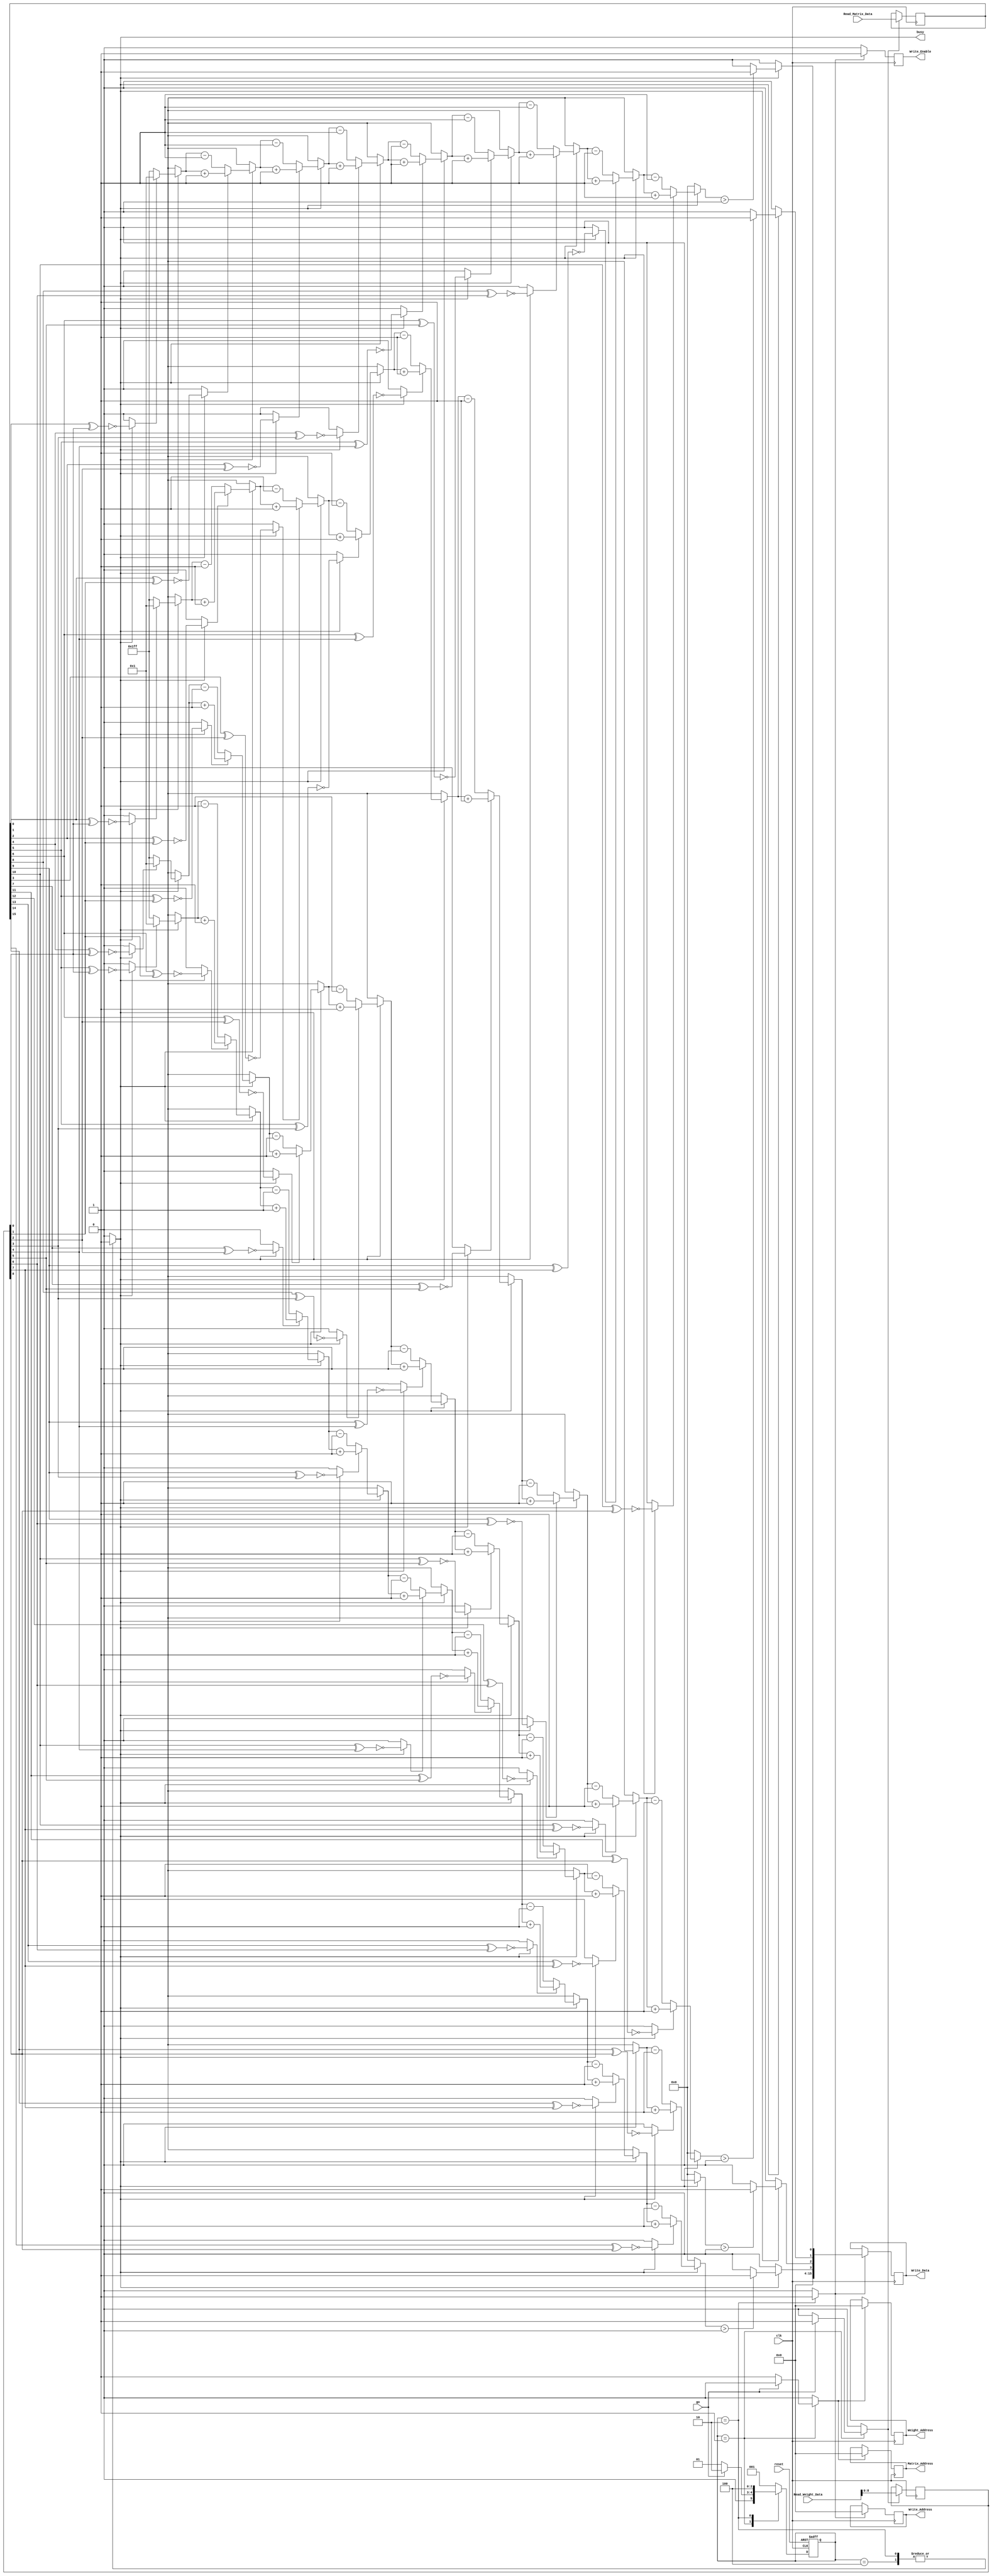
module CNN_DUT
(
//////////////////////////////////////////////////////////////////////////////////
//Clock and Reset Schema
//////////////////////////////////////////////////////////////////////////////////
input             clk             ,
input             reset           ,

//////////////////////////////////////////////////////////////////////////////////
//Control Signals
//////////////////////////////////////////////////////////////////////////////////
input             go              ,
output reg        busy            ,

//////////////////////////////////////////////////////////////////////////////////
//Input Matrix and Weight Adressing
//////////////////////////////////////////////////////////////////////////////////
output reg [11:0] Matrix_Address  ,
output reg [11:0] Weight_Address  ,

//////////////////////////////////////////////////////////////////////////////////
//Input and Weight Matrix Data
//////////////////////////////////////////////////////////////////////////////////
input      [15:0] Read_Matrix_Data,
input      [15:0] Read_Weight_Data,

//////////////////////////////////////////////////////////////////////////////////
//Write Output Signals
//////////////////////////////////////////////////////////////////////////////////
output reg        Write_Enable    ,
output reg [11:0] Write_Address   ,
output reg [15:0] Write_Data
);

//////////////////////////////////////////////////////////////////////////////////
//Read Data and Address Enables
//////////////////////////////////////////////////////////////////////////////////
reg               Read_Address_Enable;
reg               Read_Data_Enable;

//////////////////////////////////////////////////////////////////////////////////
//FSM State Signals
//////////////////////////////////////////////////////////////////////////////////
reg [2:0]         FSM_Current_State;
reg [2:0]         FSM_Next_State;

//////////////////////////////////////////////////////////////////////////////////
//Input Matrix & Weight Data Registers
//////////////////////////////////////////////////////////////////////////////////
reg [15:0]        Input_Data;
reg [8:0]         Weight_Data;

//////////////////////////////////////////////////////////////////////////////////
//Enable for Outputs to be Written
//////////////////////////////////////////////////////////////////////////////////
reg               Output_Enable;

//////////////////////////////////////////////////////////////////////////////////
//Enable to Start Convolution
//////////////////////////////////////////////////////////////////////////////////
reg               Conv_Enable;

//////////////////////////////////////////////////////////////////////////////////
//XNOR Calculation Registers
//////////////////////////////////////////////////////////////////////////////////
reg [8:0]         filter1;
reg [8:0]         filter2;
reg [8:0]         filter3;
reg [8:0]         filter4;

//////////////////////////////////////////////////////////////////////////////////
//Sign of Convolution Filters
//////////////////////////////////////////////////////////////////////////////////
reg signed [8:0]  result1;
reg signed [8:0]  result2;
reg signed [8:0]  result3;
reg signed [8:0]  result4;

//////////////////////////////////////////////////////////////////////////////////
//Result to be Written as 1 or 0
//////////////////////////////////////////////////////////////////////////////////
reg               Conv_Result1;
reg               Conv_Result2;
reg               Conv_Result3;
reg               Conv_Result4;

//////////////////////////////////////////////////////////////////////////////////
//FSM States- One Hot Encoding Schema
//////////////////////////////////////////////////////////////////////////////////
parameter [2:0]   FSM_S0    = 3'b001;
parameter [2:0]   FSM_S1    = 3'b010;
parameter [2:0]   FSM_S2    = 3'b100;

//////////////////////////////////////////////////////////////////////////////////
//Convolution Output to be Concatenated and Padded
//////////////////////////////////////////////////////////////////////////////////
wire [15:0]       Output_Conv;

//////////////////////////////////////////////////////////////////////////////////
//Integer Used for Bit Iterations
//////////////////////////////////////////////////////////////////////////////////
integer           i;

//////////////////////////////////////////////////////////////////////////////////
//FSM State Transition Block
//////////////////////////////////////////////////////////////////////////////////
always@(posedge clk or negedge reset)
    begin
        if(!reset) begin      //If Active Low Reset Transition to State Zero
            FSM_Current_State <= FSM_S0;
        end
        else begin            //Otherwise Transition to Next State on Rising Edge
            FSM_Current_State <= FSM_Next_State; 
        end
    end

//////////////////////////////////////////////////////////////////////////////////
// FSM to Dictate Control Signals
//////////////////////////////////////////////////////////////////////////////////
always@(*) begin

//////////////////////////////////////////////////////////////////////////////////
// Always Output Address in State Zero then Read in Data and Set Busy High 
// when Go Asserted
//////////////////////////////////////////////////////////////////////////////////
  casex (FSM_Current_State)
    FSM_S0: begin
      Read_Address_Enable       = 1'b1;
      Read_Data_Enable          = 1'b0;
      busy                      = 1'b0;
      Conv_Enable               = 1'b0;
      Output_Enable             = 1'b0;
      FSM_Next_State            = FSM_S0;
        if(go) begin            //Read In Data
          Read_Address_Enable   = 1'b0;
          Read_Data_Enable      = 1'b1;
          FSM_Next_State        = FSM_S1;
        end
    end

//////////////////////////////////////////////////////////////////////////////////
// Start Convolution and Set Output Enable to Write Next Cycle
//////////////////////////////////////////////////////////////////////////////////
    FSM_S1: begin
      Read_Address_Enable       = 1'b0;
      Read_Data_Enable          = 1'b0;
      busy                      = 1'b1;
      Conv_Enable               = 1'b1;
      Output_Enable             = 1'b1;
      FSM_Next_State            = FSM_S2;
    end

//////////////////////////////////////////////////////////////////////////////////
// Wait Until Write Done then Set Busy Low When in State Zero
//////////////////////////////////////////////////////////////////////////////////
    FSM_S2:begin 
      Read_Address_Enable       = 1'b0;
      Read_Data_Enable          = 1'b0;
      busy                      = 1'b1;
      Conv_Enable               = 1'b1;
      Output_Enable             = 1'b0;
      FSM_Next_State            = FSM_S0;
    end
  
//////////////////////////////////////////////////////////////////////////////////
//Default to Prevent Latch
//////////////////////////////////////////////////////////////////////////////////
    default : begin
      Read_Address_Enable       = 1'b0;
      Read_Data_Enable          = 1'b0;
      busy                      = 1'b0;
      Conv_Enable               = 1'b0;
      Output_Enable             = 1'b0;
      FSM_Next_State            = FSM_S0;
    end
  endcase
end

//////////////////////////////////////////////////////////////////////////////////
//Weight and Matrix Read Addressing Registers
//////////////////////////////////////////////////////////////////////////////////
always@(posedge clk) begin
  if (Read_Address_Enable == 1'b1) begin
    Matrix_Address <= 12'b0;
    Weight_Address <= 12'b0;
  end
  else if (Read_Address_Enable == 1'b0) begin
    Matrix_Address <= Matrix_Address;
    Weight_Address <= Weight_Address;
  end
end

//////////////////////////////////////////////////////////////////////////////////
//Matrix & Weight Input Registers
//////////////////////////////////////////////////////////////////////////////////
always@(posedge clk) begin
  if (Read_Data_Enable == 1'b1) begin
      Input_Data  <= Read_Matrix_Data;
      Weight_Data <= Read_Weight_Data[8:0];
    end
  else if(Read_Data_Enable == 1'b0) begin
      Input_Data  <= Input_Data;
      Weight_Data <= Weight_Data;
  end
end

//////////////////////////////////////////////////////////////////////////////////
//XNOR'ing For Each Respective Filter
//////////////////////////////////////////////////////////////////////////////////
always@(*) begin
  filter1 = 9'b0;
  filter2 = 9'b0;
  filter3 = 9'b0;
  filter4 = 9'b0;
  if (Conv_Enable) begin

    //////////////////////////////////////////////////////////////////////////////////
    //Filter 1 XNOR'ing
    //////////////////////////////////////////////////////////////////////////////////
    filter1[0] = ~(Input_Data[0]  ^ Weight_Data[0]);
    filter1[1] = ~(Input_Data[1]  ^ Weight_Data[1]);
    filter1[2] = ~(Input_Data[2]  ^ Weight_Data[2]);
    filter1[3] = ~(Input_Data[4]  ^ Weight_Data[3]);
    filter1[4] = ~(Input_Data[5]  ^ Weight_Data[4]);
    filter1[5] = ~(Input_Data[6]  ^ Weight_Data[5]);
    filter1[6] = ~(Input_Data[8]  ^ Weight_Data[6]);
    filter1[7] = ~(Input_Data[9]  ^ Weight_Data[7]);
    filter1[8] = ~(Input_Data[10] ^ Weight_Data[8]);
    
    //////////////////////////////////////////////////////////////////////////////////
    //Filter 2 XNOR'ing
    //////////////////////////////////////////////////////////////////////////////////
    filter2[0] = ~(Input_Data[1]  ^ Weight_Data[0]);
    filter2[1] = ~(Input_Data[2]  ^ Weight_Data[1]);
    filter2[2] = ~(Input_Data[3]  ^ Weight_Data[2]);
    filter2[3] = ~(Input_Data[5]  ^ Weight_Data[3]);
    filter2[4] = ~(Input_Data[6]  ^ Weight_Data[4]);
    filter2[5] = ~(Input_Data[7]  ^ Weight_Data[5]);
    filter2[6] = ~(Input_Data[9]  ^ Weight_Data[6]);
    filter2[7] = ~(Input_Data[10] ^ Weight_Data[7]);
    filter2[8] = ~(Input_Data[11] ^ Weight_Data[8]);
        
    //////////////////////////////////////////////////////////////////////////////////
    //Filter 3 XNOR'ing
    //////////////////////////////////////////////////////////////////////////////////
    filter3[0] = ~(Input_Data[4]  ^ Weight_Data[0]);
    filter3[1] = ~(Input_Data[5]  ^ Weight_Data[1]);
    filter3[2] = ~(Input_Data[6]  ^ Weight_Data[2]);
    filter3[3] = ~(Input_Data[8]  ^ Weight_Data[3]);
    filter3[4] = ~(Input_Data[9]  ^ Weight_Data[4]);
    filter3[5] = ~(Input_Data[10] ^ Weight_Data[5]);
    filter3[6] = ~(Input_Data[12] ^ Weight_Data[6]);
    filter3[7] = ~(Input_Data[13] ^ Weight_Data[7]);
    filter3[8] = ~(Input_Data[14] ^ Weight_Data[8]);
    
    //////////////////////////////////////////////////////////////////////////////////
    //Filter 4 XNOR'ing
    //////////////////////////////////////////////////////////////////////////////////
    filter4[0] = ~(Input_Data[5]  ^ Weight_Data[0]);
    filter4[1] = ~(Input_Data[6]  ^ Weight_Data[1]);
    filter4[2] = ~(Input_Data[7]  ^ Weight_Data[2]);
    filter4[3] = ~(Input_Data[9]  ^ Weight_Data[3]);
    filter4[4] = ~(Input_Data[10] ^ Weight_Data[4]);
    filter4[5] = ~(Input_Data[11] ^ Weight_Data[5]);
    filter4[6] = ~(Input_Data[13] ^ Weight_Data[6]);
    filter4[7] = ~(Input_Data[14] ^ Weight_Data[7]);
    filter4[8] = ~(Input_Data[15] ^ Weight_Data[8]);
  end
end

//////////////////////////////////////////////////////////////////////////////////
//Calculate Filter Convolution Result Value 
//////////////////////////////////////////////////////////////////////////////////
always@(*) begin
result1 = 9'b0;
if (Conv_Enable) begin
  for(i=0; i <= 8; i=i+1) 
    begin
    if (filter1[i] == 0)
      result1 = result1 - 1'b1;
    else if (filter1[i] == 1)
      result1 = result1 + 1'b1;
    end
  end
end

//////////////////////////////////////////////////////////////////////////////////
//Calculate Filter Convolution Result Value 
//////////////////////////////////////////////////////////////////////////////////
always@(*) begin
  result2 = 9'b0;
  if (Conv_Enable) begin
    for(i=0; i <= 8; i=i+1) begin
      if (filter2[i] == 0)
        result2 = result2 - 1'b1;
      else if (filter2[i] == 1)
        result2 = result2 + 1'b1;
      end
    end
end

//////////////////////////////////////////////////////////////////////////////////
//Calculate Filter Convolution Result Value 
//////////////////////////////////////////////////////////////////////////////////
always@(*) begin
  result3 = 9'b0;
  if (Conv_Enable) begin
    for(i=0; i <= 8; i=i+1) begin
      if (filter3[i] == 0)
        result3 = result3 - 1'b1;
      else if (filter3[i] == 1)
        result3 = result3 + 1'b1;
      end
    end
end

//////////////////////////////////////////////////////////////////////////////////
//Calculate Filter Convolution Result Value 
//////////////////////////////////////////////////////////////////////////////////
always@(*) begin
  result4 = 9'b0;
  if (Conv_Enable) begin
    for(i=0; i <= 8; i=i+1) 
      begin
      if (filter4[i] == 0)
        result4 = result4 - 1'b1;
      else if (filter4[i] == 1)
        result4 = result4 + 1'b1;
      end
    end
end

//////////////////////////////////////////////////////////////////////////////////
//Write a One or Zero if Positive or Negative Result 
//////////////////////////////////////////////////////////////////////////////////
always@(*) begin
  Conv_Result1 = 1'b0;
  if (Conv_Enable) begin
    if (result1 > 0) 
      Conv_Result1 = 1'b1;
    else if(result1 < 0)
      Conv_Result1 = 1'b0;
  end
end

//////////////////////////////////////////////////////////////////////////////////
//Write a One or Zero if Positive or Negative Result 
//////////////////////////////////////////////////////////////////////////////////
always@(*) begin
  Conv_Result2 = 1'b0;
  if (Conv_Enable) begin
    if (result2 > 0) 
      Conv_Result2 = 1'b1;
    else if(result2 < 0)
      Conv_Result2 = 1'b0;
  end
end

//////////////////////////////////////////////////////////////////////////////////
//Write a One or Zero if Positive or Negative Result 
//////////////////////////////////////////////////////////////////////////////////
always@(*) begin
  Conv_Result3 = 1'b0;
  if (Conv_Enable) begin
    if (result3 > 0) 
      Conv_Result3 = 1'b1;
    else if(result3 < 0)
      Conv_Result3 = 1'b0;
  end
end

//////////////////////////////////////////////////////////////////////////////////
//Write a One or Zero if Positive or Negative Result 
//////////////////////////////////////////////////////////////////////////////////
always@(*) begin
  Conv_Result4 = 1'b0;
  if (Conv_Enable) begin
    if (result4 > 0) 
      Conv_Result4 = 1'b1;
    else if(result4 < 0)
      Conv_Result4 = 1'b0;
  end
end

//////////////////////////////////////////////////////////////////////////////////
//Concatenate the Convolution Filters with Padding to Output SRAM 
//////////////////////////////////////////////////////////////////////////////////
assign Output_Conv = {12'b0, Conv_Result4, Conv_Result3, Conv_Result2, Conv_Result1};

//////////////////////////////////////////////////////////////////////////////////
//Write to SRAM 
//////////////////////////////////////////////////////////////////////////////////
always@(posedge clk) begin
  if (Output_Enable == 1)
    begin
      Write_Enable  <= 1'b1;
      Write_Address <= 12'b0;
      Write_Data    <= Output_Conv;
    end
  else
    begin
      Write_Enable  <= 1'b0;
      Write_Address <= Write_Address;
      Write_Data    <= Write_Data;
    end
end

endmodule